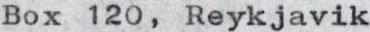
Box 120, Reykjavik